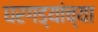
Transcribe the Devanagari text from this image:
घरगड्यांच्या